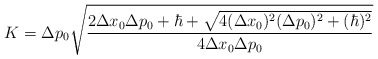
\begin{align*}K= \Delta p_{0} \sqrt{\frac{2 \Delta x_{0} \Delta p_{0} + \hbar + \sqrt{4 (\Delta x_{0})^2 (\Delta p_{0})^2 + (\hbar)^2}}{ 4 \Delta x_{0} \Delta p_{0}}}\end{align*}